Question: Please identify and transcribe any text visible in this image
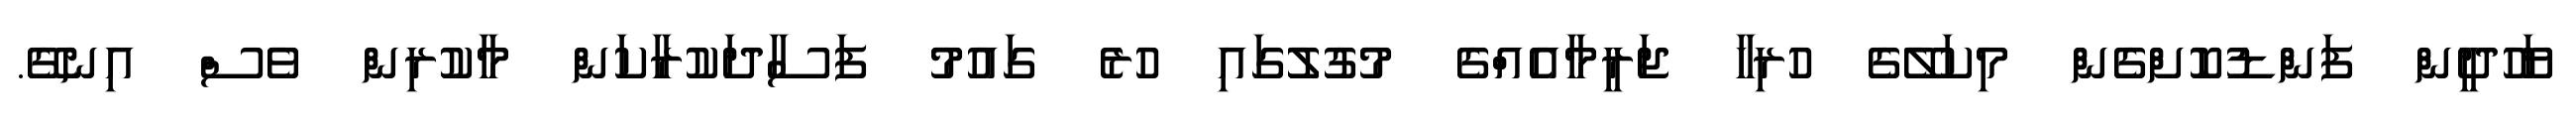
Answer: ޔަހޫދީން ފަންޑުކޮށްގެން މިކަލޭގެ ހުރިހާ ޖަރީމާއެއްގެ މުގުލުގައި ހުރެ ގައުމު ފަސާދަކުރާކަން މާކުރިން ވެސް އިނގޭ.